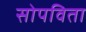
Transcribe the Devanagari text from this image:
सोपविता